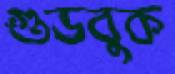
গুডবুক